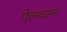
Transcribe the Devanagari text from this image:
ऐलवान